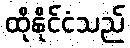
ထိုနိုင်ငံသည်